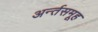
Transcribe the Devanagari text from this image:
अर्न्तसमूह